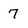
Character: 7